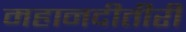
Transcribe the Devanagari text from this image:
महानदीतीरीं